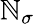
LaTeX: \mathbb{N}_{\sigma}